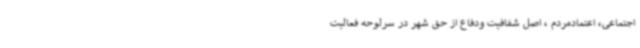
اجتماعی، اعتمادمردم ، اصل شفافیت ودفاع از حق شهر در سرلوحه فعالیت